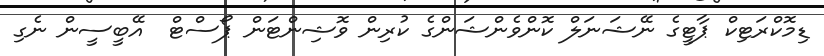
ޑިމޮކްރަޓިކް ޕާޓީގެ ނޭޝަނަލް ކޮންވެންޝަންގެ ކުރިން ވޮޝިންޓަން ޕޯސްޓް  އޭބީސީން ނެގި